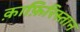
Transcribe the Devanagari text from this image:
क़ाफ़िरिस्तान